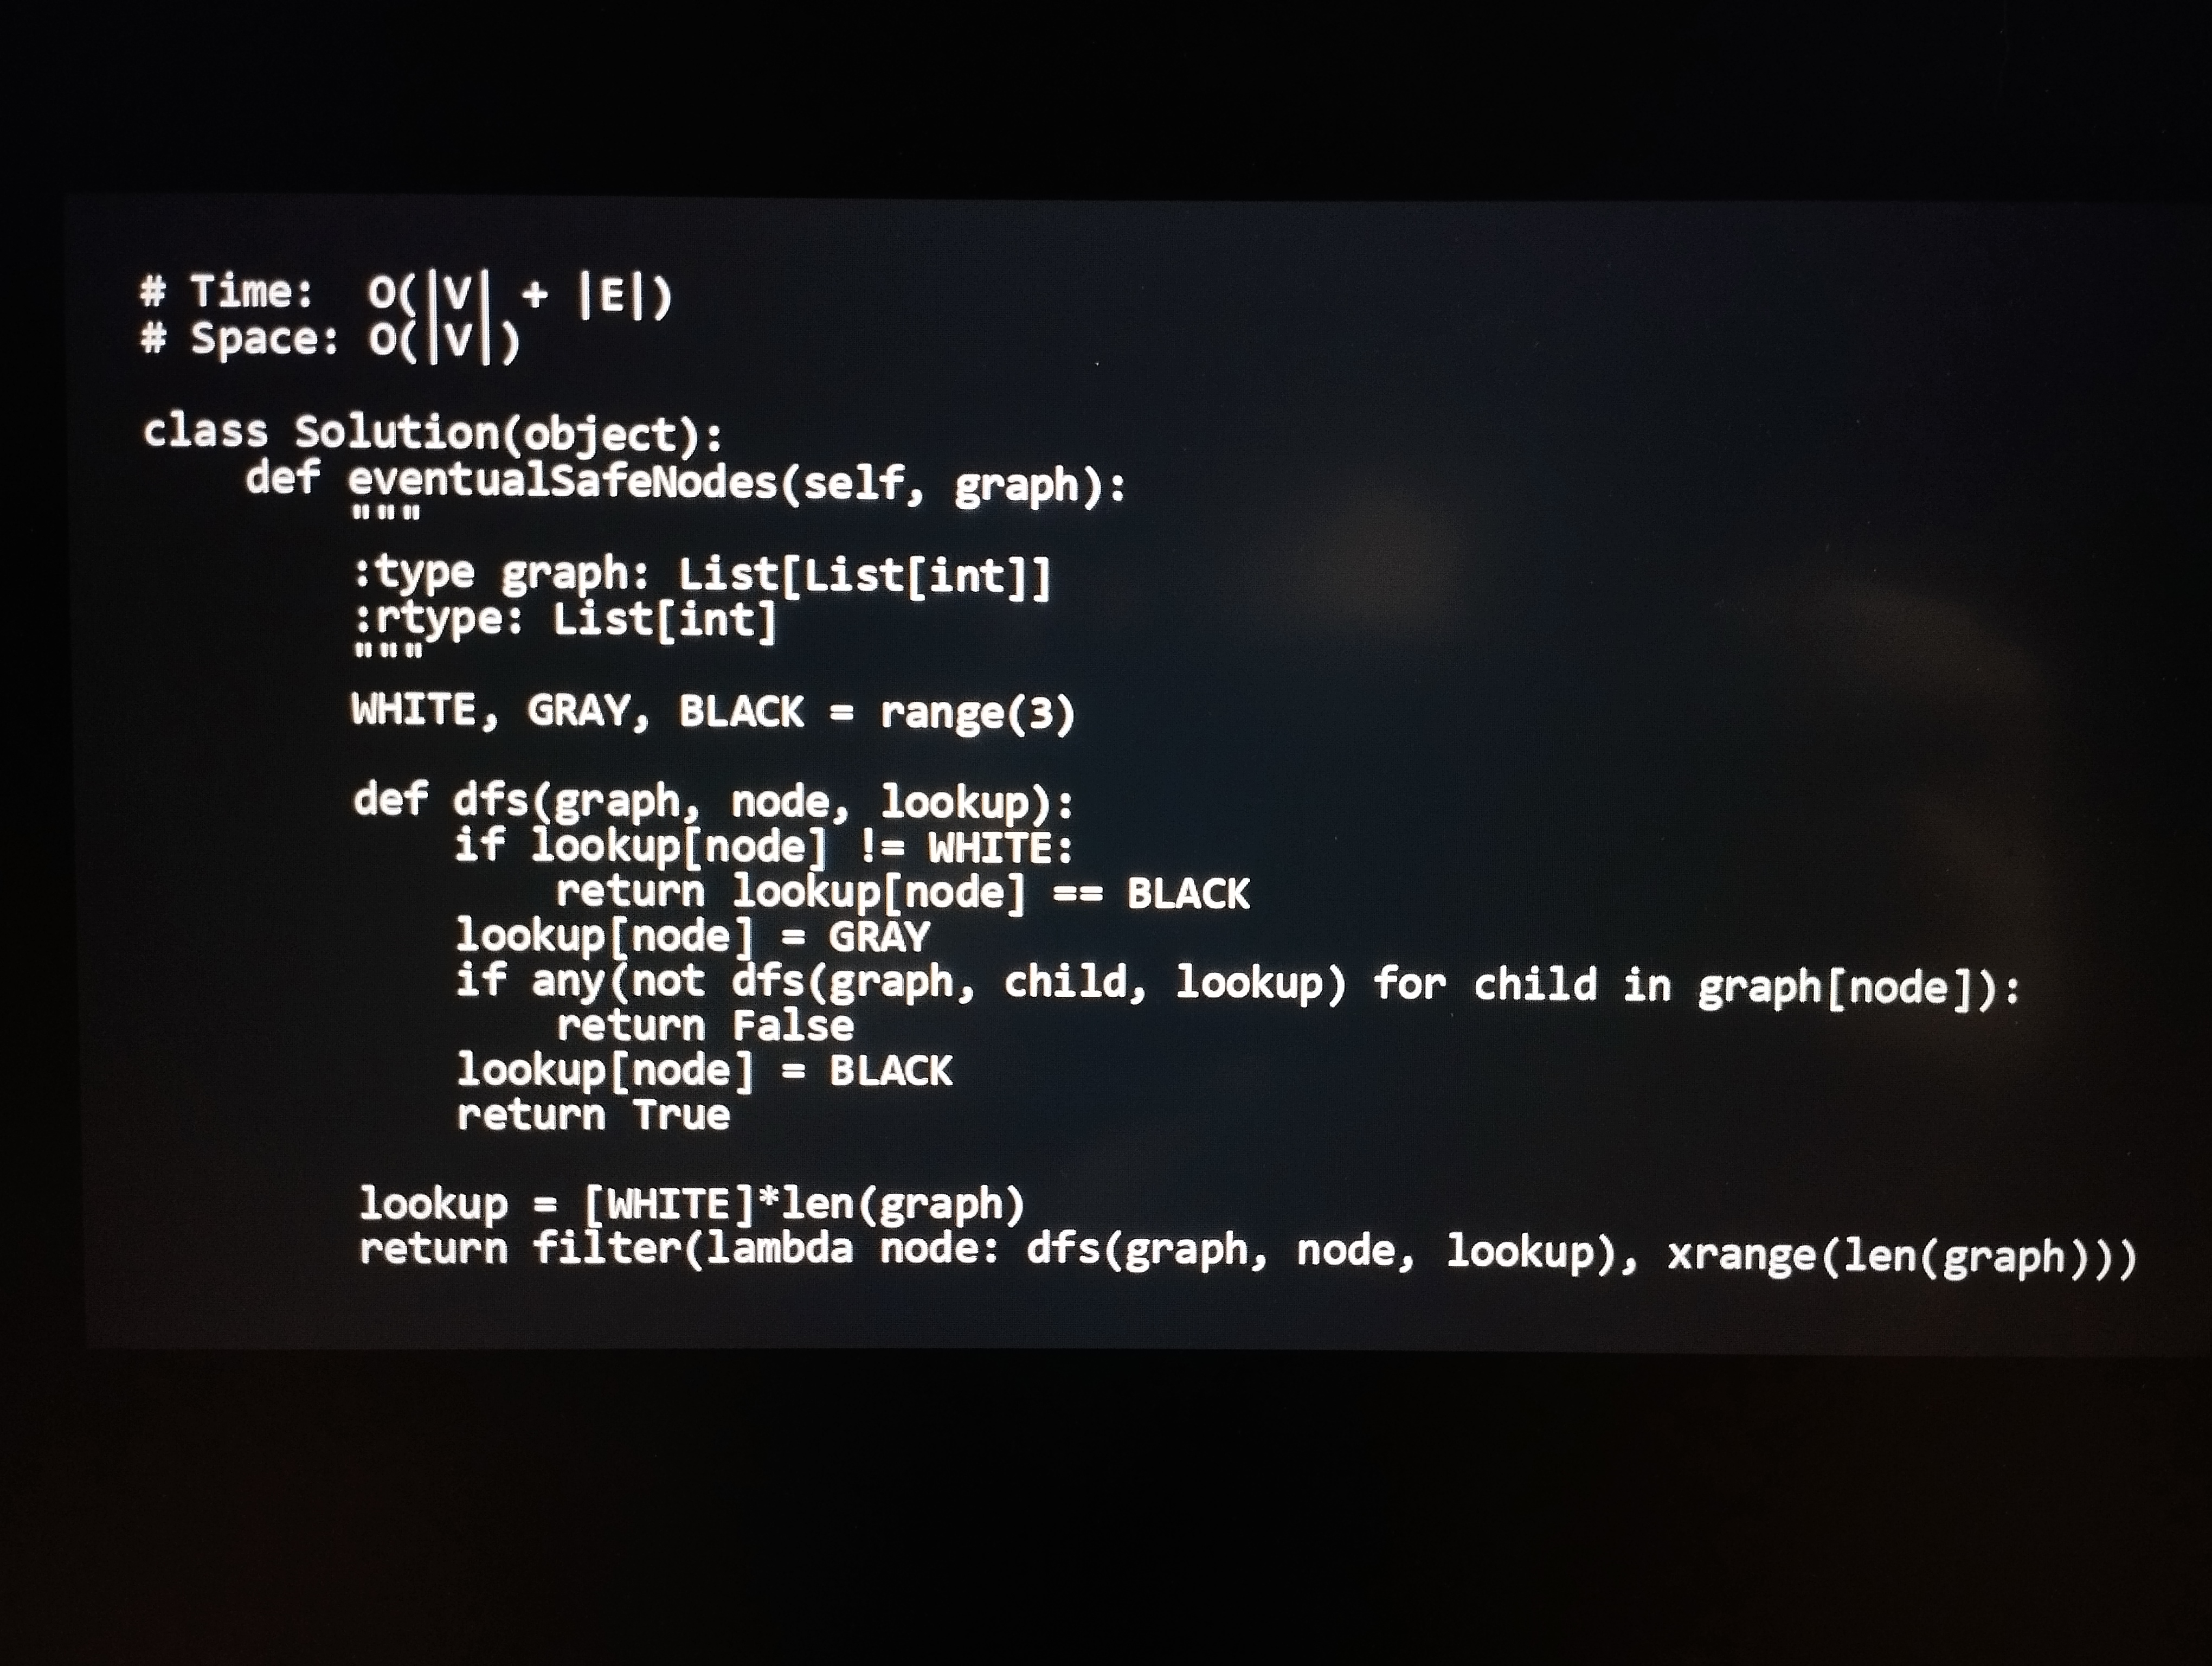
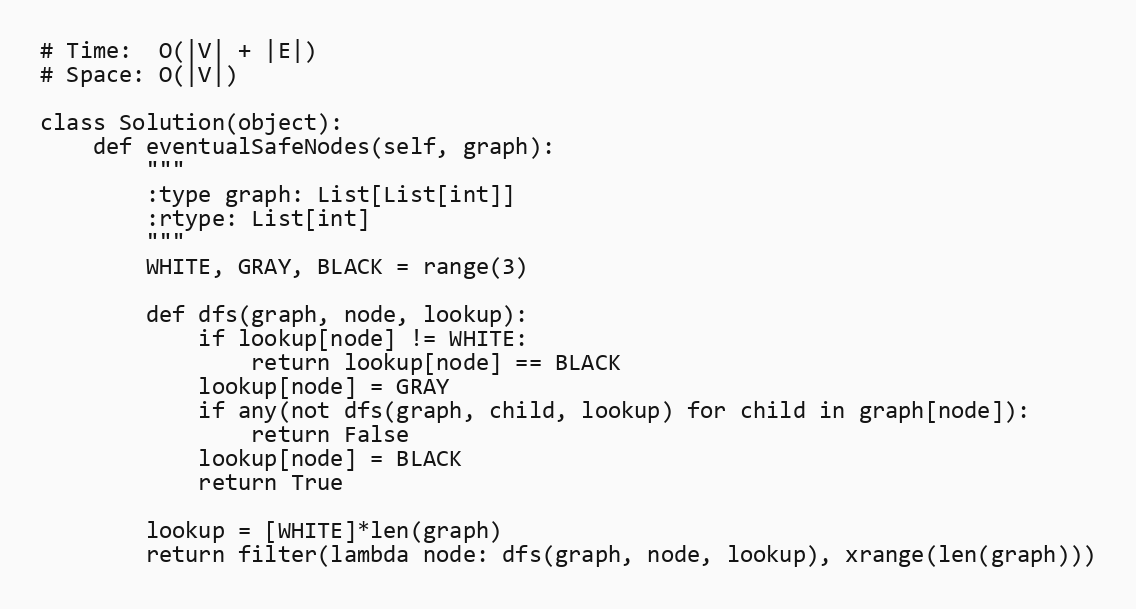
# Time:  O(|V| + |E|)
# Space: O(|V|)

class Solution(object):
    def eventualSafeNodes(self, graph):
        """
        :type graph: List[List[int]]
        :rtype: List[int]
        """
        WHITE, GRAY, BLACK = range(3)

        def dfs(graph, node, lookup):
            if lookup[node] != WHITE:
                return lookup[node] == BLACK
            lookup[node] = GRAY
            if any(not dfs(graph, child, lookup) for child in graph[node]):
                return False
            lookup[node] = BLACK
            return True

        lookup = [WHITE]*len(graph)
        return filter(lambda node: dfs(graph, node, lookup), xrange(len(graph)))